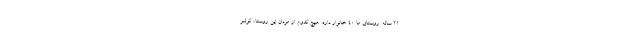
21 ساله. روستاي ما 40 خانوار داره. هيچ كدوم از مردان اين روستا، كولبر